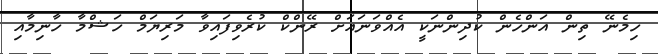
ހިމެނޭ ތިން އަންހެން ކުދިންނަކީ އެއްވަނައަށް ރޭންކް ކުރެވިފައިވާ މަރިޔަމް ހަޝްމާ ހާނިމާއި